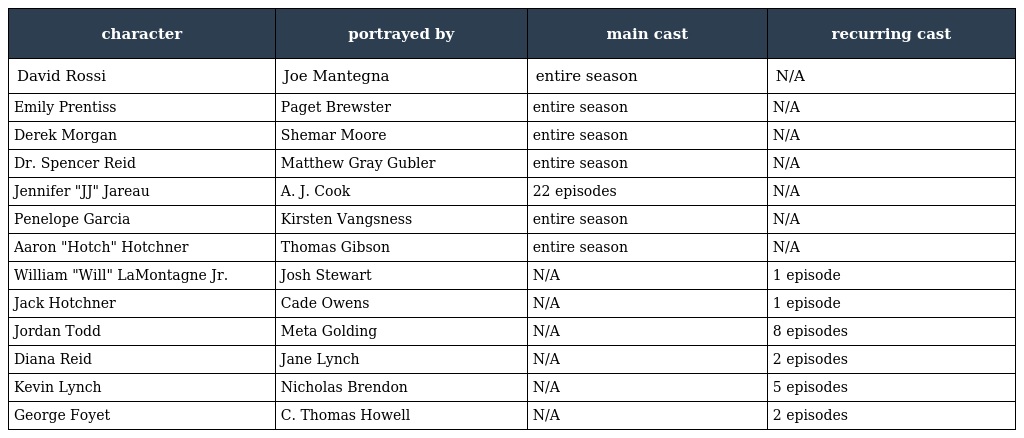
| character | portrayed by | main cast | recurring cast |
 | --- | --- | --- | --- |
 | David Rossi | Joe Mantegna | entire season | N/A |
 | Emily Prentiss | Paget Brewster | entire season | N/A |
 | Derek Morgan | Shemar Moore | entire season | N/A |
 | Dr. Spencer Reid | Matthew Gray Gubler | entire season | N/A |
 | Jennifer "JJ" Jareau | A. J. Cook | 22 episodes | N/A |
 | Penelope Garcia | Kirsten Vangsness | entire season | N/A |
 | Aaron "Hotch" Hotchner | Thomas Gibson | entire season | N/A |
 | William "Will" LaMontagne Jr. | Josh Stewart | N/A | 1 episode |
 | Jack Hotchner | Cade Owens | N/A | 1 episode |
 | Jordan Todd | Meta Golding | N/A | 8 episodes |
 | Diana Reid | Jane Lynch | N/A | 2 episodes |
 | Kevin Lynch | Nicholas Brendon | N/A | 5 episodes |
 | George Foyet | C. Thomas Howell | N/A | 2 episodes |